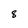
Character: 8